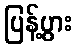
ပြန့်ပွား